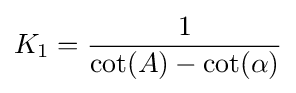
K_{1}={\frac {1}{\cot(A)-\cot(\alpha )}}